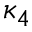
\kappa _ { 4 }